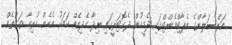
އަރްސަލާންގެ އެޕާޓްމެންޓްގައި ދެމީހުން ދެކޮޓަރީގައި ނިދާ ހެދިއެއް ކަމަކު އެހެން ހުރިހާ ވަގުތެއް